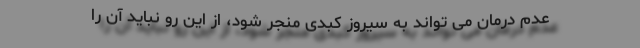
عدم درمان می تواند به سیروز کبدی منجر شود، از این رو نباید آن را